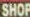
SHOP